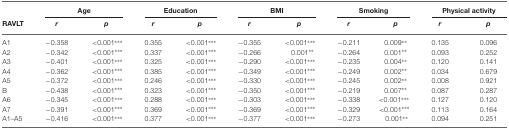
|  | <COLSPAN=2> Age | <COLSPAN=2> Education | <COLSPAN=2> BMI | <COLSPAN=2> Smoking | <COLSPAN=2> Physical activity |
 | RAVLT | r | p | r | p | r | p | r | p | r | p |
 | --- | --- | --- | --- | --- | --- | --- | --- | --- | --- | --- |
 | A1 | −0.358 | <0.001*** | 0.355 | <0.001*** | −0.355 | <0.001*** | −0.211 | 0.009** | 0.135 | 0.096 |
 | A2 | −0.342 | <0.001*** | 0.337 | <0.001*** | −0.266 | 0.001** | −0.264 | 0.001** | 0.093 | 0.252 |
 | A3 | −0.401 | <0.001*** | 0.325 | <0.001*** | −0.290 | <0.001*** | −0.235 | 0.004** | 0.120 | 0.141 |
 | A4 | −0.362 | <0.001*** | 0.385 | <0.001*** | −0.349 | <0.001*** | −0.249 | 0.002** | 0.034 | 0.679 |
 | A5 | −0.372 | <0.001*** | 0.246 | <0.001*** | −0.330 | <0.001*** | −0.245 | 0.002** | 0.008 | 0.921 |
 | B | −0.438 | <0.001*** | 0.323 | <0.001*** | −0.350 | <0.001*** | −0.219 | 0.007** | 0.087 | 0.287 |
 | A6 | −0.345 | <0.001*** | 0.288 | <0.001*** | −0.303 | <0.001*** | −0.338 | <0.001*** | 0.127 | 0.120 |
 | A7 | −0.391 | <0.001*** | 0.369 | <0.001*** | −0.369 | <0.001*** | −0.329 | <0.001*** | 0.113 | 0.164 |
 | A1–A5 | −0.416 | <0.001*** | 0.377 | <0.001*** | −0.377 | <0.001*** | −0.273 | 0.001** | 0.094 | 0.251 |